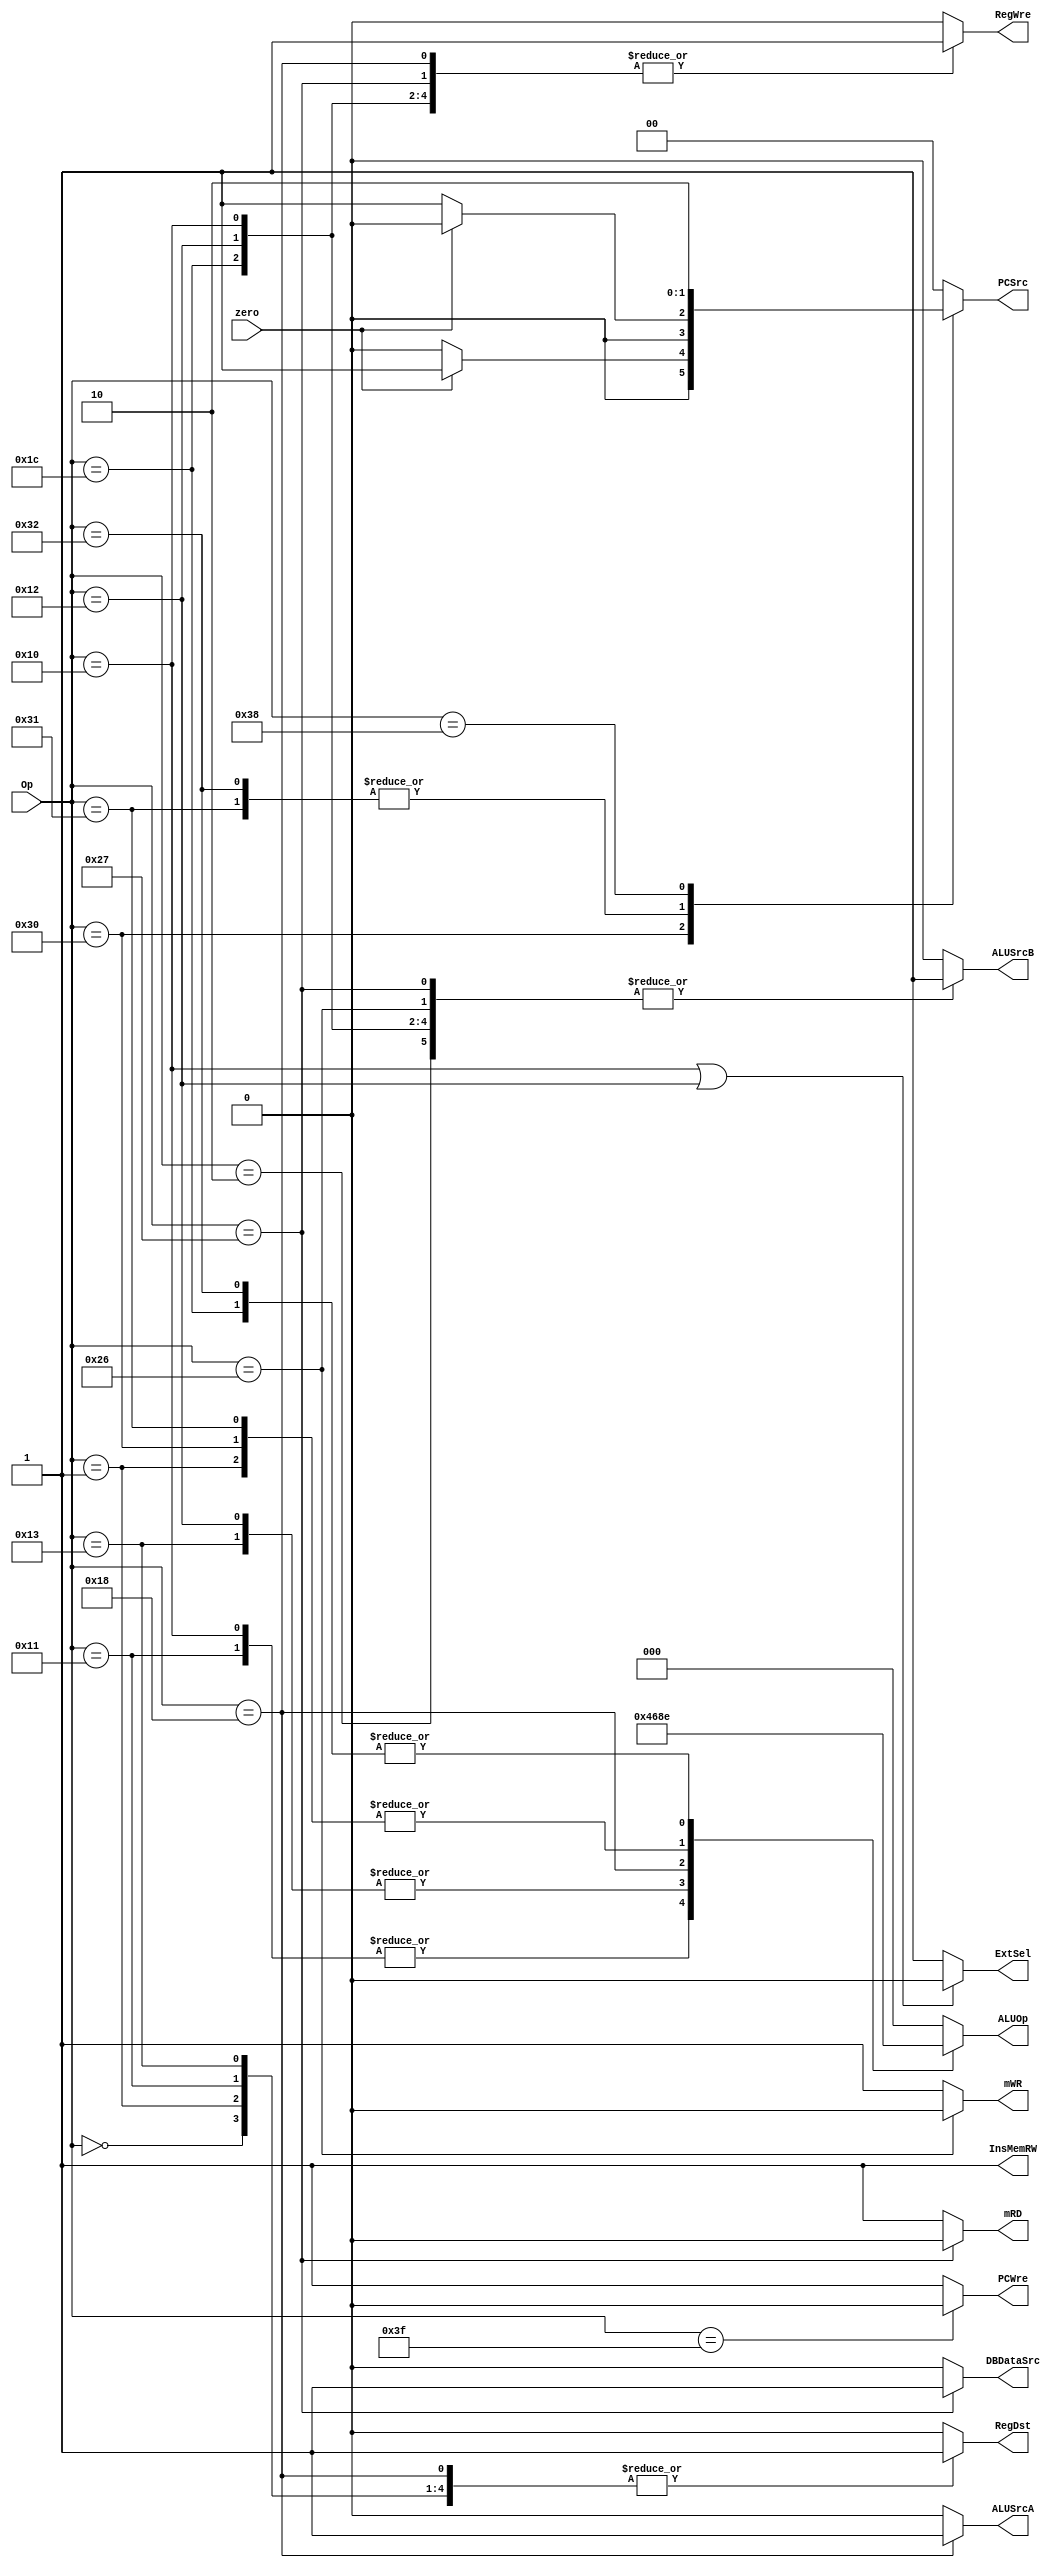
`timescale 1ns / 1ps

module ControlUnit(
    input [5:0] Op,
    input zero,
    output PCWre,
    output ALUSrcA,
    output reg ALUSrcB,
    output DBDataSrc,
    output reg RegWre,
    output InsMemRW,
    output mRD,
    output mWR,
    output reg RegDst,
    output ExtSel,
    output reg [1:0] PCSrc,
    output reg [2:0] ALUOp
    );
    
     assign PCWre = (Op == 6'b111111) ? 0 : 1;
     assign ALUSrcA = (Op == 6'b011000) ? 1 : 0;
     assign DBDataSrc = (Op == 6'b100111) ? 1 : 0;
     assign mRD = (Op == 6'b100111) ? 0 : 1;
     assign mWR = (Op == 6'b100110) ? 0 : 1;
     assign ExtSel = (Op == 6'b010000 || Op == 6'b010010) ? 0 : 1;
     assign InsMemRW = 1;
    
    always @(Op or zero) begin
        case(Op)
            // add rd, rs, rt
            6'b000000: begin
                ALUSrcB = 0;
                RegWre = 1;
                RegDst = 1;
                PCSrc = 2'b00;
                ALUOp = 3'b000;
            end
            // sub rd, rs, rt
            6'b000001: begin
                ALUSrcB = 0;
                RegWre = 1;
                RegDst = 1;
                PCSrc = 2'b00;
                ALUOp = 3'b001;
            end
            // addiu rt, rs, immediate
            6'b000010: begin
                ALUSrcB = 1;
                RegWre = 1;
                RegDst = 0;
                PCSrc = 2'b00;
                ALUOp = 3'b000;
            end
            // andi rt, rs, immediate
            6'b010000: begin
                ALUSrcB = 1;
                RegWre = 1;
                RegDst = 0;
                PCSrc = 2'b00;
                ALUOp = 3'b100;
            end
            // and rd, rs, rt
            6'b010001: begin
                ALUSrcB = 0;
                RegWre = 1;
                RegDst = 1;
                PCSrc = 2'b00;
                ALUOp = 3'b100;
            end
            // ori rt, rs, immediate
            6'b010010: begin
                ALUSrcB = 1;
                RegWre = 1;
                RegDst = 0;
                PCSrc = 2'b00;
                ALUOp = 3'b011;
            end
            // or rd, rs, rt
            6'b010011: begin
                ALUSrcB = 0;
                RegWre = 1;
                RegDst = 1;
                PCSrc = 2'b00;
                ALUOp = 3'b011;
            end
            // sll rd, rt, sa
            6'b011000: begin
                ALUSrcB = 0;
                RegWre = 1;
                RegDst = 1;
                PCSrc = 2'b00;
                ALUOp = 3'b010;
            end
            // slti rt, rs, immediate
            6'b011100: begin
                ALUSrcB = 1;
                RegWre = 1;
                RegDst = 0;
                PCSrc = 2'b00;
                ALUOp = 3'b110;
            end
            // sw rt, immediate(rs)
           6'b100110: begin
                ALUSrcB = 1;
                RegWre = 0;
                RegDst = 0;
                PCSrc = 2'b00;
                ALUOp = 3'b000;
            end
            // lw rt, immediate(rs)
            6'b100111: begin
                ALUSrcB = 1;
                RegWre = 1;
                RegDst = 0;
                PCSrc = 2'b00;
                ALUOp = 3'b000;
            end
            // beq rs, rt, immediate
            6'b110000: begin
                ALUSrcB = 0;
                RegWre = 0;
                RegDst = 0;
                PCSrc = (zero == 1) ? 2'b01 : 2'b00;
                ALUOp = 3'b001;
            end
            // bne rs, rt, immediate
            6'b110001: begin
                ALUSrcB = 0;
                RegWre = 0;
                RegDst = 0;
                PCSrc = (zero == 0) ? 2'b01 : 2'b00;
                ALUOp = 3'b001;
            end
            // bltz rs, immediate
            6'b110010: begin
                ALUSrcB = 0;
                RegWre = 0;
                RegDst = 0;
                PCSrc = (zero == 0) ? 2'b01 : 2'b00;
                ALUOp = 3'b110;
            end
            // j addr
            6'b111000: begin
                ALUSrcB = 0;
                RegWre = 0;
                RegDst = 0;
                PCSrc = 2'b10;
                ALUOp = 3'b000;
            end
            // halt
            6'b111111: begin
                ALUSrcB = 0;
                RegWre = 0;
                RegDst = 0;
                PCSrc = 2'b00;
                ALUOp = 3'b000;
            end
            // default
            default: begin
                ALUSrcB = 0;
                RegWre = 0;
                RegDst = 0;
                PCSrc = 2'b00;
                ALUOp = 3'b000;
            end
        endcase
    end 
endmodule